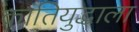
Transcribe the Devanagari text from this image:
क्रांतियुद्धाला